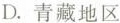
D.青藏地区